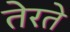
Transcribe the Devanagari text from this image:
तेरते